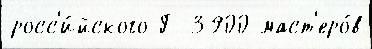
росс'и́йского Г 3900 маст'еро́в